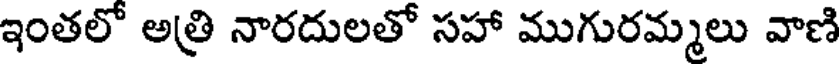
ఇంతలో అత్రి నారదులతో సహా ముగురమ్మలు వాణి